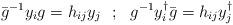
LaTeX: \begin{align*}\bar{g}^{-1} y_i g = h_{ij}y_j~~;~~ g^{-1} y_i^{\dagger} \bar{g}=h_{ij}y^\dagger_j\end{align*}